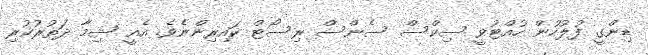
ޑިންގީ ފުލުހުން ހުއްޓުވީ ސިކްސް ސެންސް ރިސޯޓް ކައިރިންނެެވެ. އެއީ ޝިމާ ދަތުރުކުރި